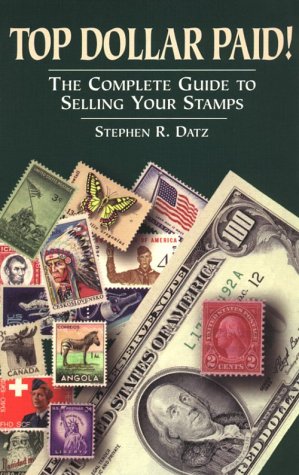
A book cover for Top Dollar Paid!: The Complete Guide to Selling Your Stamps; Stephen R. Datz; Crafts, Hobbies & Home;